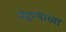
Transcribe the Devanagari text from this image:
मेहुण्याच्या